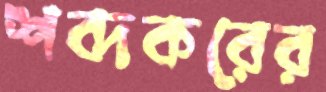
শব্দকরের